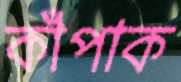
কাঁপাক